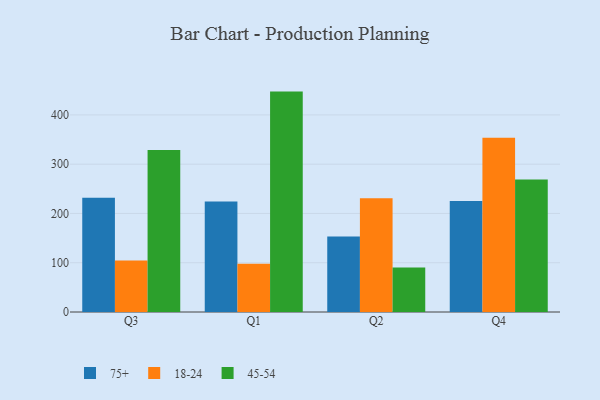
{"axis": {"x": "Quarter", "y": "Shipments"}, "legend": ["18-24", "45-54", "75+"], "data": [{"x": "Q3", "y": 231.9, "type": "75+"}, {"x": "Q3", "y": 104.3, "type": "18-24"}, {"x": "Q3", "y": 328.9, "type": "45-54"}, {"x": "Q1", "y": 224.3, "type": "75+"}, {"x": "Q1", "y": 98.1, "type": "18-24"}, {"x": "Q1", "y": 447.3, "type": "45-54"}, {"x": "Q2", "y": 153.1, "type": "75+"}, {"x": "Q2", "y": 231.1, "type": "18-24"}, {"x": "Q2", "y": 90.4, "type": "45-54"}, {"x": "Q4", "y": 225.3, "type": "75+"}, {"x": "Q4", "y": 353.8, "type": "18-24"}, {"x": "Q4", "y": 268.9, "type": "45-54"}]}